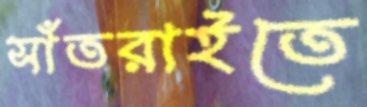
সাঁতরাইতে